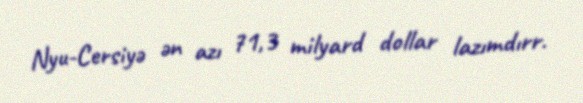
Nyu-Cersiyə ən azı 71,3 milyard dollar lazımdırr.